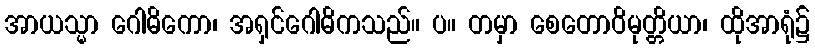
အာယသ္မာ ဂေါဓိကော၊ အရှင်ဂေါဓိကသည်။ ပ။ တမှာ စေတောဝိမုတ္တိယာ၊ ထိုအာရုံ၌